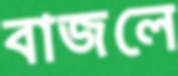
বাজলে